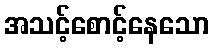
အသင့်စောင့်နေသော